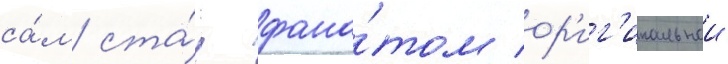
са́м ста́л фана́том ор'иг'инальнои